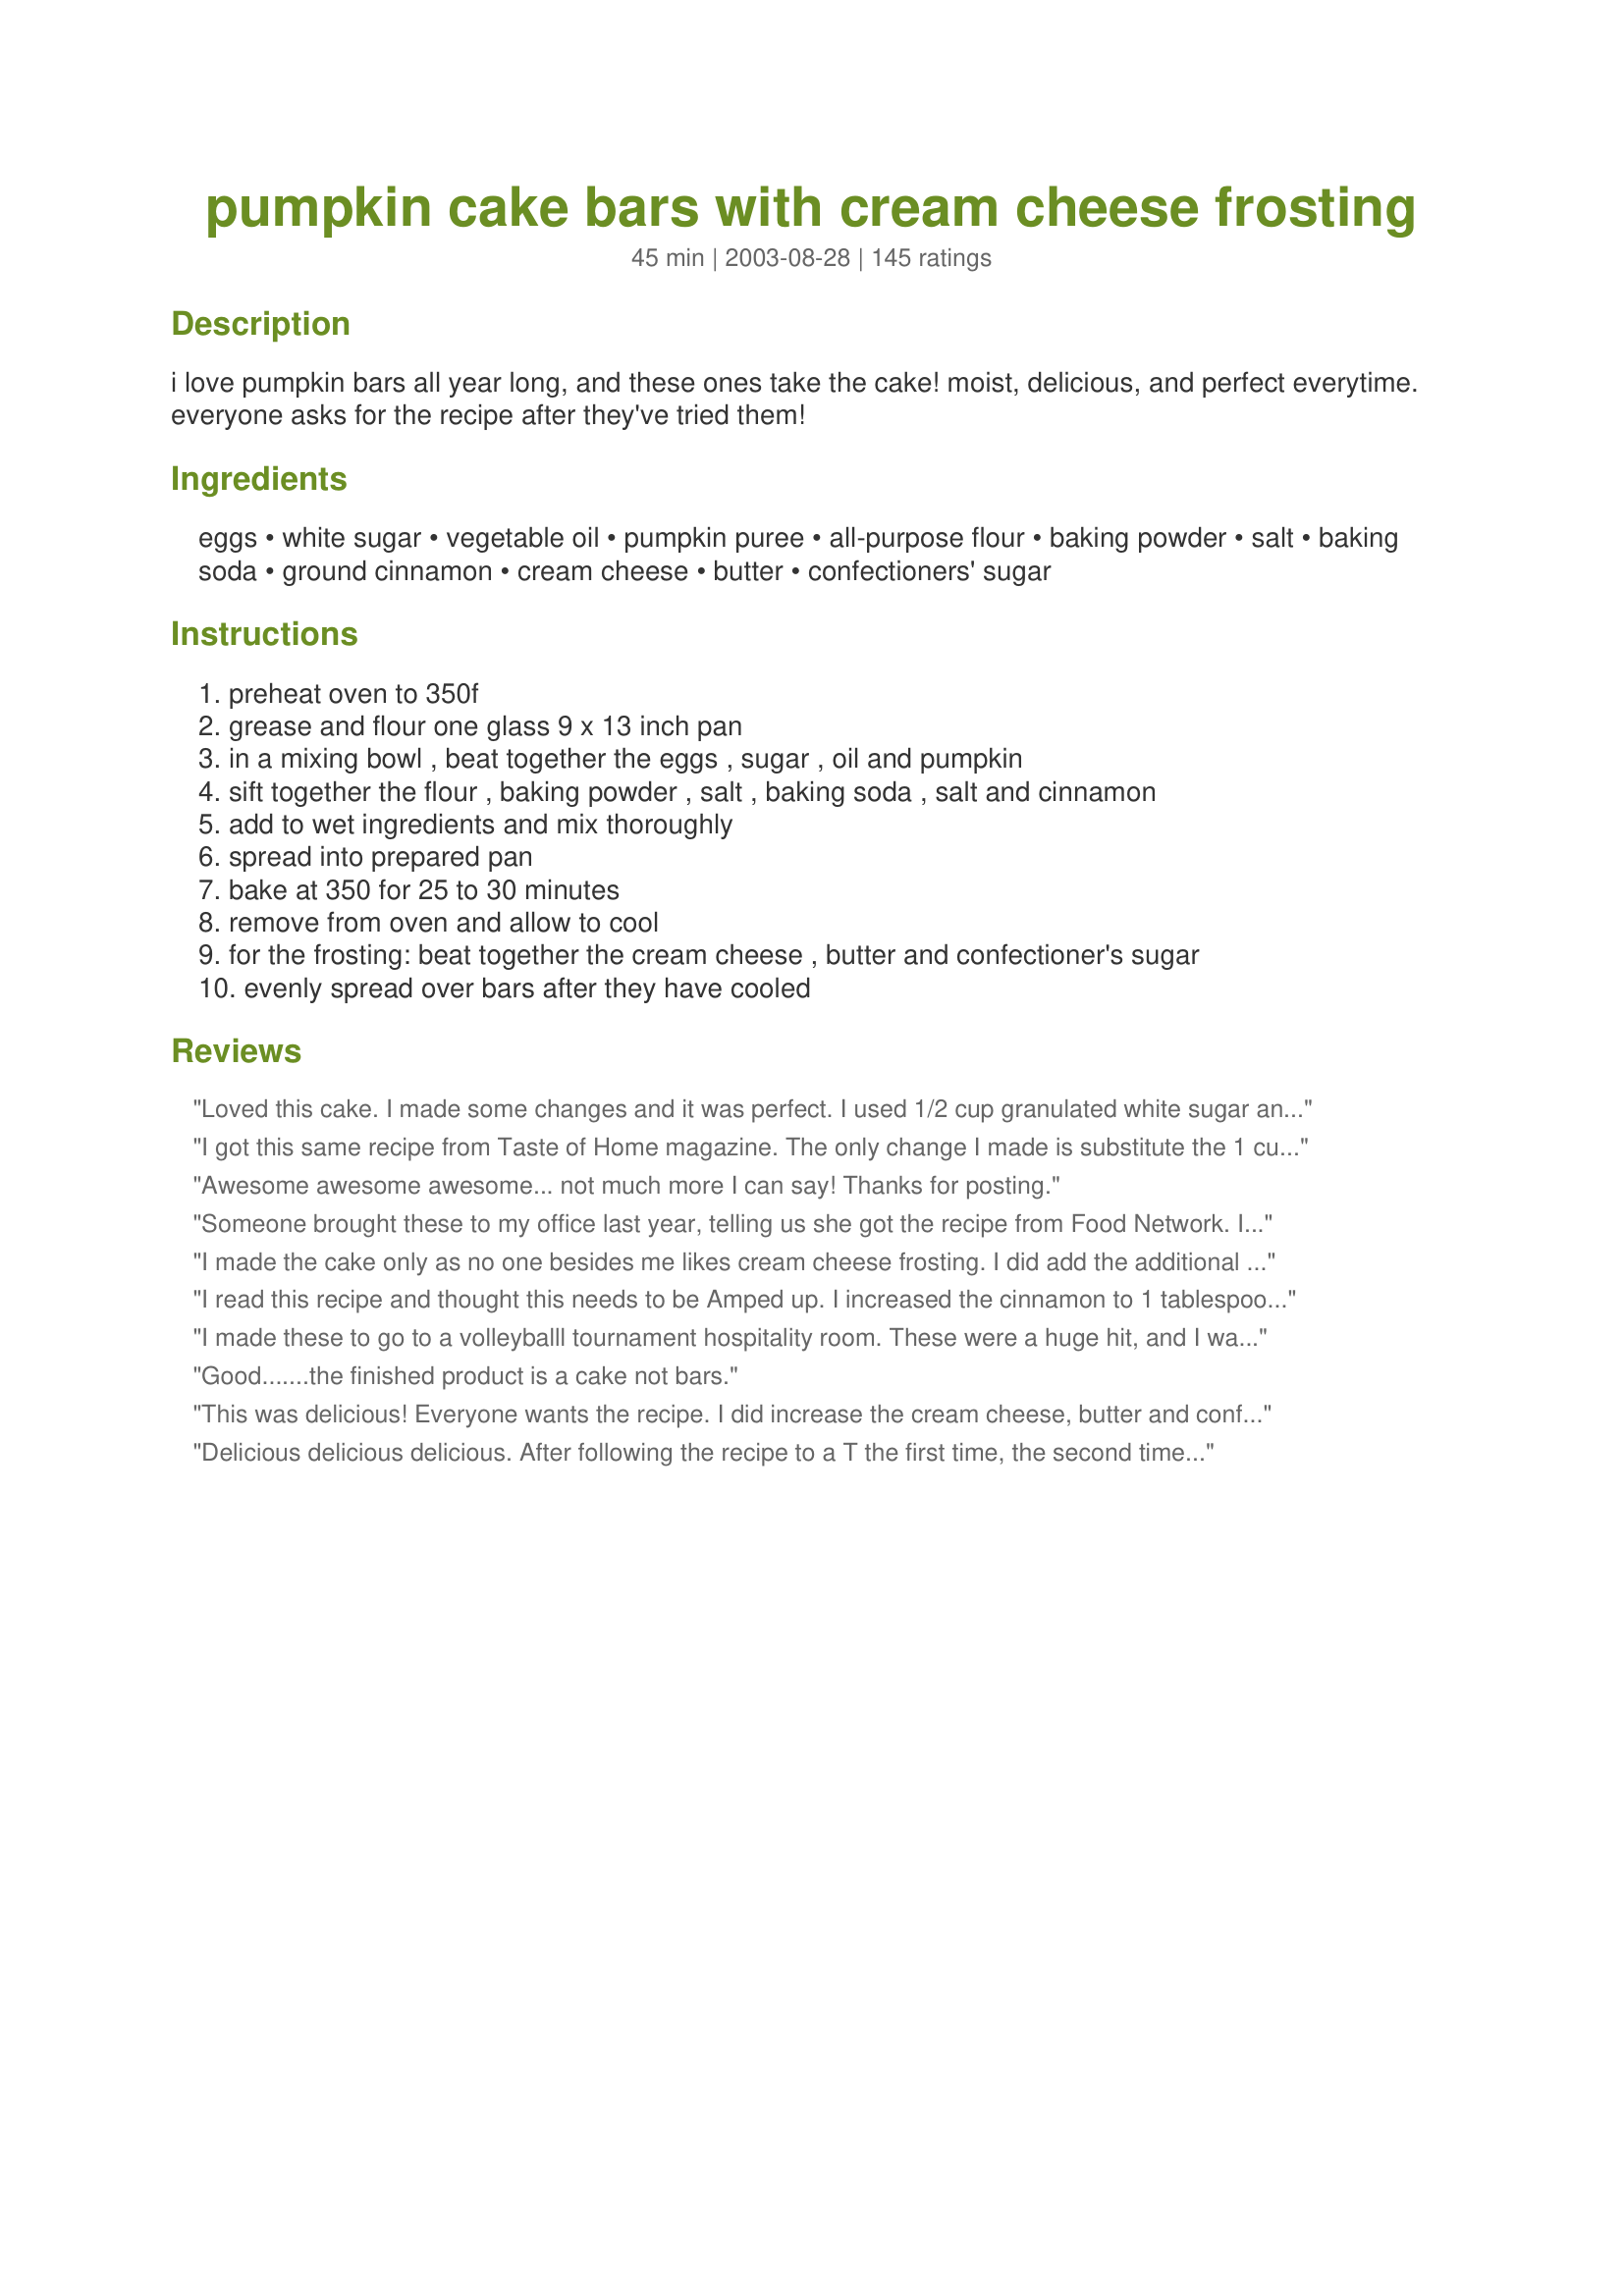
pumpkin cake bars with cream cheese frosting
Preparation time: 45 minutes

i love pumpkin bars all year long, and these ones take the cake! moist, delicious, and perfect everytime. everyone asks for the recipe after they've tried them!

Ingredients:
eggs, white sugar, vegetable oil, pumpkin puree, all-purpose flour, baking powder, salt, baking soda, ground cinnamon, cream cheese, butter, confectioners' sugar

Steps:
preheat oven to 350f
grease and flour one glass 9 x 13 inch pan
in a mixing bowl , beat together the eggs , sugar , oil and pumpkin
sift together the flour , baking powder , salt , baking soda , salt and cinnamon
add to wet ingredients and mix thoroughly
spread into prepared pan
bake at 350 for 25 to 30 minutes
remove from oven and allow to cool
for the frosting: beat together the cream cheese , butter and confectioner's sugar
evenly spread over bars after they have cooled

Reviews:
Loved this cake. I made some changes and it was perfect. I used 1/2 cup granulated white sugar and 1/2 cup light brown sugar. Only used 1/2 cup of oil. Also I used 2 cups mashed, fresh roasted pumpkin (just because I had I already had it and needed to uae it). For the frosting I used only 1 cup of powdered sugar and added a teaspoon of vanilla extract. Also for the cake seasoning I used 2 teaspoons of pumpkin pie spice and 1 teaspoon of cinnamon. Delicious.
I got this same recipe from Taste of Home magazine. The only change I made is substitute the 1 cup of oil for 1 cup of applesauce to reduce the fat. Try it, it's amazingly moist. Another update: I also added a little pumpkin pie spice to the frosting. It was very good!
Awesome awesome awesome... not much more I can say! Thanks for posting.
Someone brought these to my office last year, telling us she got the recipe from Food Network. I don't care much for pumpkin, but they were so wonderful that I found the recipe and made these bars for Thanksgiving. My SIL's only request for dinner was that I make a pumpkin pie, but she ended up eating these and didn't touch the pie! Just now as I was trying to track down the recipe, DD said, "I remember those! They were delicious!". Will be making them again this year! Thanks for posting!
I made the cake only as no one besides me likes cream cheese frosting. I did add the additional nutmeg as others suggested. I also found that as the cake set the bottom became very oily. Next time I will either try it with shortening or sub part of the oil with applesauce to see if that will make a difference.
I read this recipe and thought this needs to be Amped up. I increased the cinnamon to 1 tablespoon, added a teaspoon of ginger, teaspoon of nutmeg. I made a lemon bourbon glaze with zest of lemon, juice of lemon, bourbon and confectioners sugar. Really delicious and the glaze soaked into the cake making it extra yummy.
I made these to go to a volleyballl tournament hospitality room. These were a huge hit, and I was asked for the recipe by two referees. I left one for each of my family at home and they agreed, they are wonderful. thank you for a new favorite in our home. The bars would be good by themselves but with the frosting they are out of this world!!!
Good.......the finished product is a cake not bars.
This was delicious! Everyone wants the recipe. I did increase the cream cheese, butter and conf. sugar to 8oz, 4oz butter and 3 1/2 cups, just to use up the packages! I also only used 1/2 c. oil and 3/4 c. chunky unsweetened applesauce to reduces oilness, and a few calories... Thanks for the great recipe!
Delicious delicious delicious. After following the recipe to a T the first time, the second time I reduced the powdered sugar in the frosting by 1/2 C and increased the cream cheese a little. And I added walnuts to the top. This will definitely be a recipe I take to all of my holiday gatherings this year. Thanks for sharing it!
This is a very good pumpkin cake. It was very easy to make and uses simple ingredients I always have on hand. I had to bake for 35 minutes for the center to be completely done. The frosting was an added bonus! I think next time I might try to make this in my large sheet pan so it will be a sheet cake (thinner cake) instead. Update: I have made this a lot using my sheet pan and it works out wonderful! I have had many requests for this cake and my twins asked I make this for their birthday cake! They just turned 4. This is definitely one of our favorite cakes!
These were quite the hit!!! Love the cream cheese icing - I added milk chocolate chips to mine and it was completely divine - thanks for posting!!!
Very yummy! I made them because I had everything on hand. They turned out yumtastic. I only shared a bar with my 6 yr old son. So I will take the rest to DM for thanksgiving tomorrow. I did however only use 1/2 tsp of salt, 2 teaspoon of cinnamon and 1/4 of pumpkin pie spice. The cream cheese I did 8 oz with 4 tbl of butter and 3 cups of powdered sugar with tsp of vanilla. I let it cool a tad then frosted. I then refridgerated it for 4 hours. SOOOO good!
This is not a good recipe for carb counters or diabectics. What I did was I processed my own pumpkin pur&eacute;e and portioned the puree out for use throughout the next 6 months. Also I liked what some of the other reviewers did with the oil and flour tweaking and would also recommend increasing the baking time 10-15 minutes for home ovens. when the cake pulls away from the sides it&#039;s done. I used 1.5 tsp of cinnamon and .5 tsp of pumpkin pie spice mix. With the wet/dry mixing method I found a hand mixer worked well. When making the frosting I cubed up cold butter and cream cheese and used my stand mixer with the paddle.attachment on hight speed while gradually dusting in the confectioners sugar with a touch of clear vanilla. Great base recipe.
These are to die for! I made everything exactly as written for one exception- I added between 1/2 to 1 teaspoon of cinnamon to the icing because I really like it. I'll be making these all year round!
The cake was great! I followed the exact recipe and I'm not sure I would change anything about it. I used a round 12 inch baking pan instead of the 9x13 pan. It had to cook another 20 minutes but it turned out perfectly. The whole family raved about it. Will definitely make it again.
These are really great! I added some nuts to batter, and a few more spices (nutmeg, cloves, ginger) just to give it a little more "pumpkin pie" type flavor, as several other suggested. I thought it would be more cake-like texture, after reading reviews, but it is more dense, like a bar should be. Very pleased! Will make often - and will add raisins next time! Thanks for the great recipe!!
Very yummy!! this is the second time that I have used this recipe and this last time I decided to substitute some applesauce for the oil. I did 1/3 cup of oil and 2/3 cup of applesauce. They turned out great and were still very moist and tasty. My kids gobbled it up :)
Just made it, a cake! Came out percect! PERFECT! The frosting a lil too sweet, next time i will use less sugar.
An excellent recipe! I made 24 cupcakes to take to a school function. I did substitute 1/2 cup unsweetened apple sauce for half of the oil as others suggested, decreased the sugar by 1/3 cup, and added a 1/2 tsp. each of ground nutmeg and ground cloves. I baked them for 30 minutes. For the cream cheese icing, I used an 8 oz. brick of cream cheese and a stick of butter (8 TBSP.), 1 tsp. vanilla and about 3 1/2 cups of powdered sugar. I put the icing in a gallon zip top food storage bag and snipped of one corner to pipe on the icing. Everyone at the party loved them!
Everyone at my party thought these were fantastic, but because it was a party, I made mini muffins and piped the cream cheese frosting in a pretty swirl. They all thought I bought them at a pastry shop. I'll be making them soon and will post a picture, too pretty. Thanks!
I added 1/2 t. ginger, 1/4 t. cloves and used roasted frozen pumpkin. Very good bars. I baked in the jelly roll pan so they weren't as thick. Turned out great.
This recipe is so similar to a pumpkin bread recipe our family has been using for over 60 years, I knew it would be good. I did increase the flour by 1/2 cup, simply because it calls for all the liquid ingredients and only slightly less than half the flour of the bread. I got nervous! &lt;br/&gt;However, I think it would have been fine, and next time will leave the flour at 2 cups.&lt;br/&gt;Baked it on a convection cycle in a jelly roll pan. It took about 20-22 minutes to get the middle done. I honestly didn&#039;t think it would happen, but thanks, Dine and Dish---GREAT recipe! &lt;br/&gt;Added 1 t. cinnamon, 1 t. allspice, and 1/2 t cloves to the batter...we like it spicy! Also increased the cream cheese to 8 oz, and the butter to a whole stick (8 T), 3 tsp. Tahitian vanilla, and the powdered sugar to 3 1/2 cups. Anyone finding the cake&#039;s too oily, try about (1/4 c?) extra flour? And def the jelly roll pan to bake it quicker and more evenly.You almost can&#039;t mess this up, and believe me, I made it at 2 am during an insomnia bout, so if anyone could do it, it&#039;d be me.&lt;br/&gt;Thanks again--this is a keeper!
I used half cinnamon and half pumpkin pie spice; also had to cook a bit longer. I made for a luncheon at my husband's office and had requests from two gals for me to make this for them for Thanksgiving, which I did. Also made for a bake sale and for just us. Thanks you for an easy and delicious recipe! It's in my Favorites cookbook.
OMG!! To DIE for!! My hubby brought this out to the fire station where he works and they all went NUTS over this cake!! Moist cake with really rich frosting. THANK YOU for such a great recipe!
Great recipe. I replaced the vegetable oil with applesauce and used whole wheat flour instead of all purpose flour. That made it a little more healthy, minus the delicious frosting. I also used the whole 8 oz cream cheese for the frosting. I baked in our gas oven for 35 minutes. We will be making this recipe again!!!
Loved the cake but the cream cheese frosting wasn't very cream cheesy. The cake was moist and yummy and could be eaten without the frosting, though I agree it could have used a bit more flavor. It wasn't overly sweet and was slightly bland. I replaced the oil in the cake recipe with apple sauce with no loss in delish - made it a fat-free cake. Yay! But about that frosting: everyone agreed it was good but we also all agreed it was hard to taste the cream cheese. Not sure why. If I repeated the recipe I would have another package of cream cheese on hand to add from.
I made these today for Thanksgiving. They were wonderful! The cream cheese icing was to die for.
This recipe is so good. I have made it twice. My kids go crazy for it. Thanks for sharing!
This turned out great! My husband said it was one of the best called I've ever made. Followed recipe except used 1/2 applesauce 1/2 oil like others have said. Also added a pinch of nutmeg. Baked it in the 9x13&quot; glass dish as directed but it took about 40 minutes to bake all the way through. Also: the frosting is amazing! I did add a tsp. of vanilla out of habit.
This recipe also makes a great cake! I baked the batter in a Bundt pan for 38 minutes and that seemed to be the perfect timeframe for this cake. And since I like pumpkin spicy, I also added more cinnamon (to taste), 1 tsp. Vanilla, 1 tsp. Ground Cloves and 1 tsp. Ground Ginger - a HUGE hit at the office for Boss's Day! Thank you!!
Absolutely delicious! Very creamy and smooth icing and perfect balance of spices. So moist, and super easy to make. This is a keeper!
These were so good! I added a bit of nutmeg and they were very moist and delicious. Everyone loved them! Thanks!
A.M.A.Z.I.N.G<br/>It is so delicious and moist. I added a little nutmeg though. It reminds me of carrot cake; very similar taste.<br/><br/>Next time I will bake it in either round pan (so I can flip it) or cupcake form.<br/>I used my own cream cheese recipe..<br/><br/>Today, I brought it to work and everyone is asking for the recipe!! I think this is a stable recipe to have. Thank you so much for sharing this!
OMG! The hit of our Thanksgiving dessert options. Thanks for a fabulous recipe!!!!
This was definately awesome, and easy. I am gving it five stars for taste,but I am just wondering why they are called ," cake bars?" It just tasted like cake to me. Good cake,but cake.
This a good one but I would put this into a larger pan to make more of a bar out it. I did it like the recipe sad but it can out to thick and to rich. Put in a sheet pan of some kind. Everyone loved the taste of this creation.
I have to admit that I didn't think these were all that great at first. I had my first piece when it was warm from the oven, and it was just O.K. But, I had my second piece the next day (for breakfast- oops!) and it was really, really fabulous! It was so moist and the flavors had intensified. Yummy! I will make it again for sure. I did add some nutmeg and cloves as another reviewer recommended. Excellent! Thanks!
Delicious! Everyone at the party loved it and are already insisting I bring it to the next get-together! Thanks for the great recipe!
So good and easy. Yummm
Absolutely delicious! We love it without the frosting or with chocolate chips mixed in the batter. &lt;br/&gt;People who don&#039;t like pumpkin pie love it!
Yummy!! My kids ate this one right up!! I made it with brown rice flour to make it gluten free and used foodie Nicole&#039;s tips to make it more healthier! : 1 cup sugar 1/3c maple syrup&lt;br/&gt;1/2c apple sauce and 1/2c olive oil&lt;br/&gt;with the changes I had to bake it a little longer 38min.&lt;br/&gt;Thank you for the great recipe:)
WE really enjoyed this cake. I will make this again.
These were awesome! I do pumpkin rolls and pumpkin cheesecake and muffins, cupcakes, etc. These are one of the best desserts I&#039;ve ever made. I made them for a halloween party and everyone loved them. When I went to one of the attendees house 8 days later, she actually asked me to bring them again! We ran out of confectioner&#039;s/powdered sugar and only used half--the icing was still great, and my sister said she liked the balance as we made it.
My daughter and I have both made this recipe now and it turned out great both times. We substituted unsweetened applesauce for 1/2 the oil and the texture was still perfect. Definitely a good fall dessert. Thanks for posting!
Absolutely wonderful cake! Moist and just spicy enough. I wanted pumpkin pie tonight, but didn't have the time to put in to it. This was just as good! I did substitute 'pumpkin pie spice' for the cinnamon and made 'White Chocolate Cream Cheese Frosting' recipe # 18360 instead. I'm seriously considering making this for Thanksgiving instead of pumpkin pie!
Wow, I halved this recipe and baked it in an 8 by 8 pan and it cam out perfect at the 35 min mark. The cream cheese frosting was delicious with the cake, it was so moist and very delicious, the pumpkin flavor isnt distinct but it is still very GOOD.
I&#039;m really disappointed. I don&#039;t know what I did wrong. I followed all directions (just added more spice because I like it) and it came out very heavy and pumpkin pie like, not cake like at all. Too eggy for me.
The Best!!!!
I've been making this cake for about 30 years! I add 1 t. ginger &amp; 1/2 t. cloves along with the 2 t. cinnamon. (or just use 3 1/2 tsp. pumpkin pie spice). The addition of 1/2 c. chopped pecans is nice and I usually bake in 2-9&quot; round pans for a layer cake.
These are wonderful! I did make a couple of changes, I didn't want to use a whole cup of oil so I used half cup and added extra pumpkin and I didn't have enough butter for the frosting so I just threw in some extra cream cheese (the light kind). Very, very good!
Every one loved this pumpkin cake. (Except me who is hard to please when it comes to cake). Most didn't believe it was made from pumpkin! I added some extra spices and less cinnamon because we don't like cinnamon. It came out nice and moist. I coloured the frosting with gel colours and it held up fine. I left it as a cake, i.e. didn't cut into bars. No problem with spreading the cream cheese as other people seemed to have had. It maybe due to the fact that I always micro-wave my cream cheese till it gets soft, before I use it, else it splatters everywhere when I beat it. And I didn't use a glass pan just an aluminum one, worked fine.
Moist and sooo amazing! I added 1/2 tsp of nutmeg and 1/2 tsp of clove to spice it up a bit. It was definitely a hit with my family. Plus it was super easy to make. This is a keeper.
These were awesome! The only problem I had was the bottom was not baked all the way through, next time I will bake it for 30-35 min. I also used canola oil and reduced fat cream cheese and will be trying splenda instead of sugar next time.
This was pretty much a pumpkin cake with cream cheese icing, and it was wonderful. The cake baked up evenly and I sub'd shortening for the oil. It wasn't too sweet and I also added a pinch of nutmeg, ginger, allspice, and cinnamon to give it a bit of spice. Turned out perfect--thank you!
I was searching here for the perfect pumpkin recipe to celebrate at my Pumpkinfest party- and I found it! This cake is Very moist with just the right amount of spice- and the frosting is the perfect compliment! I had a bit of trouble with the frosting- it was very thick & did not want to spread. I should have added some liquid, however, I just dolloped it on the still warm cake and let the heat melt it to spreading consistency. It set up well too, and was a hit with my family! I had to give away the few leftover pieces to my friend- just so I wouldn't eat the rest!Two thumbs way up!
These bars are amazing. Even while they were cooling I could smell the great flavor. I added 1/2 t. of nutmeg and 1/2 t. of ginger. I agree that these have a lot of fat, and next time will probably try using at least partial applesauce and perhaps substitute egg whites for whole eggs. Baked for 30 minutes. The frosting is good (i used a whole package of cream cheese and a stick a margarine), but next time I may try experimenting with other cream cheese frostings.
Ditto! This is really good.
I love pumpkin and the cream cheese frosting ..I make this cake a lot one of my favorite cakes for the season
It makes the house smell so wonderful while baking! I added 1-tsp nutmeg and 1/2-tsp ginger to the recipe, just for some added "spice". It made it that much tastier. My husband isn't a pumpkin person, but he loved this cake! Thanks for sharing!
I made this for a family get together - and never got to eat one! I am making another batch today, and am expecting to love them. :) I used cinnamon applesauce instead of the oil, and whole wheat flour instead of white. I also added extra spices (nutmeg, cloves, ginger). The batter tasted great! :) I did bake it in a jelly roll pan - this time I will use the 9x13" pan. And the frosting - that I could eat with a spoon (and did). Thank you for an easily adaptable recipe.
Made these for Thanksgiving UMM!!! Very delicious and fulfilling!! Everyone loved them, and now will make them for Thanksgiving every year from now on. Thanks!
Nice pumpkin bars!!! I made this as a dessert when DD and her friend were home from college for a long weekend and for my DS's girlfriend's Birthday. I did add some ginger and cloves to the cake mix and then added 1/2 tsp of cinnamon to the cream cheese frosting, yummy!!! Thanks for sharing the recipe. Made for "Best of 2012" Tag game.
You are right about everyone asking for the recipe! I took them to work and they were a hit! These could not be more perfect. They hit the spot when you want something sweet... but not too sweet. This is definately a 5 star recipe. Thank you so much for sharing!
Freakin' Awesome ......
This is my new go-to fall cake! It&#039;s ultra-moist and holds its shape well. The cream cheese frosting is a must. 1 cup of oil seemed intense, so I cut it in half and subbed 1/2 cup applesauce. Added nutmeg, cinnamon and a splash of vanilla to the frosting, which got rave reviews. I think it could use more spice in the batter, but getting 5 stars for all-around flavor + ease.
If you're considering making these, you will not be disappointed! This is a recipe I've used for years and everyone LOVES them! To make these lower fat, this recipe turns out well using 1/2 c. oil and 1/2 c. natural applesauce. My recipe adds 1 tsp. pumpkin pie spice in addition to the cinnamon and optional 1 c. chopped nuts. My frosting recipe for these bars is: 8 ozs. cream cheese (1/3 less fat), 1 stick butter, 2 tsps. vanilla, and 3 c. confectioners' sugar. YUMMY!!
Delicious recipe!!! And sooo easy. I had been craving this ever since I found the recipe and I finally got a chance to make it. Cut the recipe in half since there are only 2 of us and baked in a square glass pan. I added a pinch of cloves and nutmeg per a previous reviewer. Pushed the cooking time a little too short trying to get out the door to go somewhere, so the middle sank and was kind of mushy, but I still ate that part - tasted like pumpkin pie! Came home the other day to find my husband on the couch holding the pan in his lap and eating straight from it! Haha, guess once he tasted it he couldn't put it down long enough to find a plate! :) Thanks for sharing this great recipe, I plan on taking it to our next pot luck.
I made an 8 inch pan and 10 cupcakes. The 8 inch pan was ready (clean toothpick) in 31 minutes and the cupcakes in 18 mins. I haven't iced it yet, but did eat one of the cupcakes and it was moist and delicious, without any frosting. I added 1 tsp nutmeg and 1/4 tsp cloves. Also 1/2 cup oil plus 1/2 cup applesauce, instead of 1 cup oil
This recipe is fantastic. Made the recipe exactly has written. The cooking time is off by 10 minutes so 35 minutes gets this cake done.
This is one of those recipes that you can already tell before you bake it how mind-blowing it is... and i didnt even expect it! All I added was the 1 t. of Pumpkin Pie all-spice which summed up my ginger, nutmeg, etc. combo I was looking for... other than that.. the flavor is amazing... I will probably make the cream cheese frosting the way another person sugg. with the confect. sugar, vanilla, butter, and cream cheese... on a side note: my husband left an empty box of little debbie brownies that I purposely for myself (pregnancy cravings ;) ... and now, these are all for me. He can watch me enjoy them- hope he enjoyed the brownies! :)
Wonderfule recipe. I only made half the recipe and baked it in a 9" cake pan. I used 1/3 cup of egg whites and 1/2 cup homemade unsweetened applesauce for the oil and eggs. I also used fat free cream cheese for the icing. It made a very good moist cake. Thanks for a great recipe.
Find a new recipe for this item the frosten won't turn out. The punkin bars are ok. I think next time use a jelly pan.
Great! Added nutmeg. Next time may add raisins. A true keeper. Hubby almost fell out of his chair, he thought it was so good.
OOOOHHHHHH KC_Cooker I am loving you! I took this to a house party last night and I got rave reviews...could hardly get my head through the door when I got back home. Everyone loved it, so needless to say this goes in the "best of the best" folder! Thx for sharing your recipe!
I don't know why, but it tasted really gritty to me. My hubby didn't notice, but it had that texture in every one I ate. No one went back for seconds. The only thing I changed was adding vanilla to the frosting (which was yummy) and a tsp of nutmeg to the cake.
I made this recipe exactly as it was written. It was easy to make and my kids loved it!
Mouthwatering. Couldn't stop eating it! Wow!;
very easy to make and very moist and delicious. I added a 1/2 tsp of ground ginger also.
I made this for an after trick or treat party, and got rave reviews. The kids really loved it.
This is wonderful! I made it for a church bake sale and has since been asked to make 4 more! A huge hit! The only thing I did different was add a full stick of butter and a full brick of cream cheese to the frosting so there was lots of frosting! Great recipe!
These are absolutely wonderful! I made them for dessert last night and I just couldn't help eating them for breakfast this morning! My husband also LOVED this recipe! We both agree that they taste like pumpkin rolls, without having to mess with the rolling!
These were delicious! I would add clove and nutmeg to the cake batter to enhance the flavor a bit. I felt it was a touch on the boring side. And I would add about 2 teaspoons of vanilla extract to the frosting. The cake is moist and tender, and the frosting is smooth and creamy ... just right. Thanks for sharing your recipe!
Just wonderful! The whole family and our guests thoroughly enjoyed this tasty treat. Made as suggested. I found no other spices were necessary. I baked in a sided baking sheet / jelly roll pan. The frosting is perfect. Thanks KC! It's a keeper.
I love pumpkin bars and I have to admit these were moist. My only problem was they seemed almost too heavy and oily. I prefer the bars that are baked in a 10x15 pan and are thinner. If I were to make these again, I would use 1/2 cup oil and 1/2 cup applesauce and see if that would make them less oily in texture.
OMG! I made it and I LOVE IT!!! People can't get enough of it! I converted three long time haters of anything pumpkin into pumpkin bar finatics! Thanks a Bunch!!! :)
Amazing! I made it for a church luncheon, and it was gone in minutes. Very moist! Easy to make. I added 1 cup of cinnamon chips, and 1 teaspoon of pumpkin pie spies. It smelled wonderful before going in the oven. It took about 40-45 minutes for mine to bake. Thank you so much for sharing it.
i made this for a bake sale at work, they went very quickly. out of the five things i made for the sale they were my favorite. will make again real soon.
Made this cake yesterday. It was easy and yummy! will definitely be making again.
Pumpkin Cake is my mother in law's secret weapon. She holds us to ransom with it and makes us quite helpless. We even go to her place for dinner if pumpkin cake is on the menu. So, I Googled and found FOOD's lovely recipe. Let's see if I get rave reviews from my kids? I have tried this recipe is once and there was not enough to share it with them. I will try and behave myself this time. Results forthcoming ...
I love anything with pumpkin in it and this is no exception. Fabulous, moist cake! Made as directed except did not use cream cheese frosting. Topped it with some sweetened whipped cream. Loved it! Thanks, Kristen.
Absolutely the best pumpkin bars I have ever made! My husband likes it so much he actually commented on it several times, and he is very sparse with compliments. So moist, light, and wonderfully good tasting.
This is a simple recipe that really lets the pumpkin shine through. Nice and moist, easy to make with staple ingredients. You could easily add more spice, but I liked it with just the cinnamon. I initially chose this recipe because it used the whole can of pumpkin, where most only use a portion (who wants an open can of pumpkin hanging around?) The only change I made to the recipe is to use equal parts all purpose and whole wheat flour, because I like things a little heartier. I am at high altitude and the whole wheat flour did a nice job of absorbing the extra liquid. I did have to bake it a few minutes longer. I think you could easily replace some of the oil with applesauce and still achieve good results. I only used about 2 1/3 cups of powdered sugar for the frosting (because that is all that was left in my canister) and the frosting was plenty sweet for my family. It also made more than I really needed. I think next time I will add some pecans or walnuts and I will adjust the frosting as follows: 4 ounces cream cheese, 4 T butter, 2 cups powdered sugar, 1/2 teaspoon vanilla. Thanks for the great recipe!
Excellent Recipe. Unbelievably moist and rich. I have received more positive remarks about this recipe than any other recipe I've made before. Thanks KC Cooker!
If you use fresh pumpkin pur&eacute;e instead of canned, l recommend cutting back on the vegetable oil a bit. Other than that, I wouldn't change a thing.
Great stuff! I had to used canned frosting, but the cake texture was perfect, and the flavor was awesome. I used half cinnamon and half pumpkin pie spice, and recommend that for a little bit of extra flavor.

Thanks for a keeper!
Loved this!!! It came out just right!
Very yummy! I actually had to throw it out because I was just testing the recipe for a party at the end of the week and couldn't stop eating the cake. I need to save SOME calories. Anyways it was wonderful. I'm thinking about splitting the cake in half and doing another layer of frosting in between since that is the best part. Very good though.
I chose this recipe because I really wanted something sweet with the canned pumpkin I found, and all ingredients I had on hand. I decided to make cupcakes because I didn&#039;t want a huge cake and cupcakes are easier to ship off to the neighbors&#039; houses. (I didn&#039;t need 24 cupcakes in my house!) I tested the batter and discovered that I too would add nutmeg and cloves for it to taste like my mother&#039;s pumpkin pies. These were delicious! I am not a baker in any way. I never bake. Hate to bake. So I don&#039;t know where I went wrong to cause the paper cups to be soaked in oil. This wasn&#039;t a problem for the final outcome of the cakes, but frustrating for me that the cupcakes wouldn&#039;t come completely out of the cups. They may have looked ugly, but boy were they good! Thank you for your recipe. I will attempt the cake version next time.
These were great. I also baked them as mini muffins, and they turned out so moist and delicious. This is going to be a new family favorite. I thought the original recipe was just right with the subtle cinnamon alonf with the pumpkin. The cream cheese frosting was easy to make and I'll be thinking about what else I can use it with.
I used 1 1/2c light brown sugar, added a pinch of nutmeg, cloves and vanilla extract. (These go into pumpkin pie custard, so not too much of a stretch). I used a jelly roll pan, so you get more bars for the buck! These bars are fast, simple, and delicious.
Alright! Fabulous! I gotta say though, I changed a lot in this recipe to make it healthier and you can't even tell!!! Amazing, here is what I did:<br/>Only 1 1/2 cups sugar<br/>I used 1/2 cup whole wheat flour and 1/4 quinoa flour instead of 3/4 cup of white flour<br/>only 1/2 tsp salt<br/>I used 1/2 cup applesauce instead of 1/2 the oil and for the remainder of the oil, I used 1/4 cup olive oil, 1/4 cup vegetable oil<br/><br/>I also used 2 cups of fresh pumpkin<br/><br/>For frosting, I used 2 1/2 cups powder sugar, 1 stick butter (8 tbsp) and 4 oz cream cheese<br/><br/> Also put a couple dashes nutmeg in batter and sprinkled a little cinnamon and nutmeg on top of the frosting! <br/><br/> Even with all my revisions, it's still PLENTY sweet, but without making you sick! Absolutely wonderful! Next time I may eliminate the oil altogether and only use applesauce (healthier)<br/><br/>Thanks for a fabulous recipe!!!
These. Are. Fantastic. I made them into cupcakes and took them to the office. They got rave reviews!!! My new go-to pumpkin recipe!
A moist and delicious pumpkin cake!
I just made this into cupcakes (it made 24) for my daughter's 3rd birthday and they were a huge hit, especially with the parents! I used applesauce instead of oil, used a tbsp. cin, a tsp. nutmeg & a tsp. of pumpkin pie spice. The batter was delicious and the aroma that filled our home while these were baking was amazing!! I added an extra 1/3 cup of powdered sugar to the frosting because I like it a little sweeter and had just enough to cover all 24 cupcakes. I sprinkled chopped pecans on top to finish them off... they were lovely. :) Thank you so much for posting!
Absolute hit at a potluck for work. People were asking for this recipe. I only had a can of pumpkin pie mix on hand so I used that for the pumpkin puree. I think this is why some people thought it tasted more like carrot cake. I thought these tasted like pumpkin. Either way, big hit!! Thank you for sharing.
These were pretty good, I just didn't get excited over them. Pretty easy to make and someone did ask for the recipe at a party. A good fall treat.
This is so easy and delicious. I am definitely not a baker but even I couldn&#039;t mess these up (though I tried when I almost put chive and onion cream cheese in the frosting instead of regular). I had to bake for much longer than the recipe said, but I&#039;ll blame my super-old Brooklyn oven. Just SO GOOD.
Excellent! I made this to take to a family lunch at my son's school. He loved it! I added all the dry ingredients to a small bowl and then sifted it all together at the same time. Saved myself some time! Just an FYI, allow at least 1.5 hours to cool. Great flavours! I knew it was a hit when my husband couldn't stop remarking on how moist the cake was. Thanks for posting.
Love this cake! Added a tablespoon of orange zest to the frosting looks beautiful and tastes amazing!
I'm making this now I made it years ago so I forgot if I followed the recipe exactly. After getting a 2 teaspoons of cinnamon in I read some tweaks so I added a teaspoon on pumpkin pie spice on top the batter tastes great but I'm wondering will this be too much along with the cinnamon?
Very moist and delicious! The whole family liked it. I did have to leave it in the oven for an additional 10 minutes, because the center of the cake was not done yet. Your recipe for the frosting was very good too, although it does make alot. I actually used one half of the frosting for the cake, and the remaining half for a batch of pumpkin cookies that I made. Thanks for sharing your recipe.
Simply awesome! My family ADORED this cake and it was gone in a flash. It was super moist and flavorful with just the right amount of spice and sweetness. The frosting was also excellent, I used 1/3 less fat cream cheese and it was still incredibly tasty. I wouldn't call these "bars" per se, they rise pretty high, so its more of a pumpkin cake to me, but no matter what you call it, its delicious and a new family favorite! Thank you for posting!
This was great! My husband says this may be the best cake he has EVER eaten! I made my frosting as SReiff suggested: 8 oz cream cheese, 1 stick butter, 2 t vanilla, and 3 C powdered sugar. (I didn't want to use partial packaages of cheese/butter) It was thick and creamy and so good! Just ice the cake slowly so it doesn't crumb the top.
Bland, very sweet and not much pumpkin flavor. Takes more than cinnamon to spice up pumpkin. Follow others&#039; advice to make this healthier and better tasting.
Delicious!!!!! I would definitely call this a cake, not a bar, but who cares when it tastes so darn good! Made this for my sister's birthday and everyone fought over who was going to get the last 6 pieces to take home! Will make again for sure!
Made this for a holiday party and everyone wanted the recipe. I will make this again before the year is over. Thanks so much for a five star recipe
Wow... okay. This is a GREAT recipe. I'm still an amateur baker, and when I finished making the batter it seemed a bit watery. I used frozen fresh pumpkin puree, so that may be why. Anyways, I added some raisins to soak up some of the moisture, and for the frosting I added some instant coffee. This is so addictive it's not even funny. Thank you for sharing! :)
After making this recipe multiple times, I am revising to 5-stars; this recipe is pretty forgiving (I used olive oil once; while vegetable oil makes a more cake-like batter, i.e., "not runny", it still baked OK), easy to make, and results in fluffy, moist cake bars. Also works well for cupcakes.
My favorite pumpkin cake recipe. I have used this recipe for years. The only thing I do differently is add 1 tsp of pumpkin pie spice in addition to the 2 tsp cinnamon. Perfect cake every time! Thank you for posting it.&lt;br/&gt;I do not understand cooks/reviewers out there that make it a point to change everything about a recipe that someone has taken the time to post. Comments are for those that actually followed the recipe.&lt;br/&gt;Post your own.
Really good, my husband loved it- admittedly he likes anything with cream cheese frosting. We made it as is and it is moist, rich and decadent. THanks!
I&#039;ve had this exact recipe for more than 30 years with two differences- the addition of nutmeg, cloves, and ginger-- and with 2 tsp of baking soda and no baking powder. For those having issues with the cake falling, using less leavening agents will help. I&#039;ve used 1/2 applesauce for a long time. This cake is always a big hit; I just made a double batch of cupcakes with buttercream frosting for school Halloween parties.
I made these as Cuppycakes, of course! The only thing I changed were the spices: 1 tea. cinnamon & 1 tea. pumpkin pie spice. I did not have a small (15 oz) can of pumpkin, so I used 1-3/4 cups of a large (29 oz) can. I was worried about the oil... it doesn't look like it combines well when you're doing the first step, but it all comes together nicely once the flour mixture is added. I mixed on low for all steps, and just until blended well once the flour was added. This was a very moist cake with a nice texture... not too heavy. These were frosted with a spiced cream cheese frosting, piped with a decorator tip, then lightly dusted with cinnamon.
This was my 1st cake
Love it and bake it again . I just increased the baking time in my second try and the result is magnificient .?????? Thanks for the recepie.
These were so moist and yummy! I used cinnamon applesauce in place of the oil and they came out perfect. After my fiance and I devoured half the pan I decided to take the rest to work and these got rave reviews there as well. Thanks for a great recipe. I will definitely be making these all fall!
This cake was so moist! The amount of pumpkin is just right. I made this for a family gathering and even those that don't really care for pumpkin loved it. The only change I made was adding a little cinnamon to the icing. I think I'll try as a cupcake next time!
These were great! I added nutmeg and cloves to the recipe for a bit more spice. My husband loved them and he usually doesn't eat cream cheese.
Very good cake. I added a sprinkle of allspice and I subbed applesauce for all of the oil with great success. This frosting is the perfect topping to the spices in the cake!
very good recipe!! only thing I found is it is more like a cake then bars..next time I think I would use a bigger pan to make it more like bars. I did have to cook it longer then it said because the middle was not done. I will make it again though:) it was a hit with all the kids.
Very good. My husband had no trouble getting down the entire pan. I will defintely make again. Good fall recipe but could be eaten any time of the year. Thanks, Kristen.
This was so tasty! I followed the recipe as it states with two exceptions: I added one teaspoon of nutmeg to the cake and added a splash of milk to the frosting to make it easier to spread onto the cake. Definitely going to keep as one of my favorite Fall recipes. Thanks!
Am I the only one who didnt care for this recipe? I like really heavy, uber moist cakes, and when it comes to spice, I like it very evident, and this was only a small hint. To mild for me =(
Excellent recipe. I cut the sugar to 1 cup (the cream cheese frosting adds a lot of sweetness to every bite) and used 1 cup of unsweetened applesauce instead of the vegetable oil. I used 1 cup of whole wheat flour and 1 cup of all-purpose flour (instead of 2 cups of all-purpose) and added 1 teaspoon of vanilla and 1/4 teaspoon of allspice. I&#039;ve made this recipe several times now and can&#039;t believe how moist and flavorful it is. You absolutely don&#039;t miss the vegetable oil! For the frosting, I added a bit more cream cheese and a bit less butter (I like to taste the cream cheese and it helps to cut the sweetness of the confectioners&#039; sugar). This one&#039;s a keeper, and practically good for you!
Nice recipe, was a very wet mix which had me worried, but now its out of the oven and the house smells so good.
This was so good! I baked mine for about 25 minutes, but it could have used a couple more as the center was a bit undercooked, but it still tasted fabulous! I added a tablespoon of milk to the frosting to help it spread easier and there was plenty of frosting to go around. I will be making this again!
Yummmmmm!
All my family and my inlaws loved these bars! Quick and easy to make, served Christmas night and was a big hit! The cake was moist and a good texture. The icing was just the right topping and complimented the pumpkin flavor in the cake. Yummy! Thanks KC Cooker!
This turned out just like I was hoping, with the taste of a pumpkin roll without all the work. I added 1/2 tsp pumpkin pie spice just because of other reviewers, but I'm sure it would have been fine without it. The frosting was perfect to us with the addition of a bit of milk and vanilla. Definitely a good cream cheese flavor. I used a half a 29 oz can of pumpkin, which was about 1 1/2 c pumpkin.
Added less cinnamon, added nutmeg and cloves. Doubled the icing on my 9X13 pan, added much less confectioners sugar and added vanilla. Very delicious!!
These were great! I took them to work and they immediately vanished, with rave reviews and recipe requests from my colleagues. I tweaked the icing a bit; used 8oz block of reduced fat cream cheese, 2Tb butter and maybe 2 cups confectioners sugar (didn't measure, but about half a box). I also used Splenda baking blend in the bars instead of sugar. YUMMY!! Will definitely make these again.
Fab-u-lous. Just made it to start the holiday season off and oh my. This is going to be seen a few more times before Christmas is over. I added some nutmeg and cloves to the cake it self and the tinniest amount of ground ginger to the icing. Next time I am going to try cutting down on the oil and subbing in apple sauce. This is so good, even my husband who only eats sweets with chocolate admitted this was pretty darn tasty.
I have been making ones almost exactly like these for years with everyone asking for the recipe,too! Only, I use 2 tsp pumpkin pie spice instead of just cinnamon and 1/2 tsp salt instead of the 1 tsp. I also make my frosting different using 8oz. cream cheese, 3/4 stick of butter,1tsp vanilla,1T milk and 3/4 C powdered sugar. You will LOVE this, I promise!
Very good recipe. Easy to put together. I did increase the spices and didn't use the oil. I used unsweetened applesauce. This cake was very moist. I also added 1cup of coconut. Yummy! Will make again.
These are really good! I baked them in a jelly roll pan for 22 minutes and they were perfect with the cream cheese frosting.
